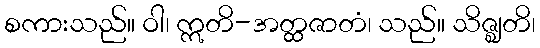
စကားသည်။ ဝါ၊ ဣတိ-အတ္ထဇာတံ၊ သည်။ သိဇ္ဈတိ၊